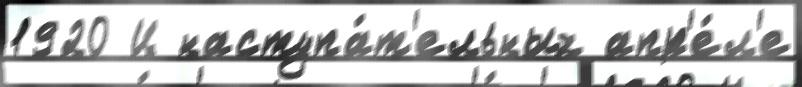
1920 Ц наступа́т'ельных апр'е́л'е